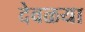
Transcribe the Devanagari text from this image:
देवळया